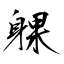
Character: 躶